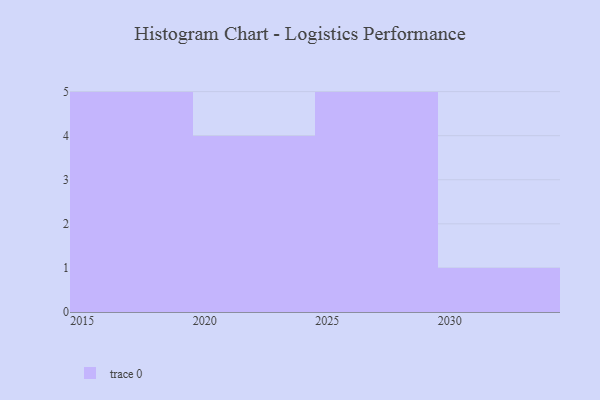
{"axis": {"x": "Year", "y": "Page Views"}, "legend": [""], "data": [{"x": "2019", "y": 38, "type": ""}, {"x": "2025", "y": 56, "type": ""}, {"x": "2026", "y": 46, "type": ""}, {"x": "2016", "y": 17, "type": ""}, {"x": "2029", "y": 13, "type": ""}, {"x": "2027", "y": 79, "type": ""}, {"x": "2030", "y": 66, "type": ""}, {"x": "2024", "y": 63, "type": ""}, {"x": "2023", "y": 5, "type": ""}, {"x": "2021", "y": 52, "type": ""}, {"x": "2018", "y": 93, "type": ""}, {"x": "2028", "y": 97, "type": ""}, {"x": "2015", "y": 7, "type": ""}, {"x": "2020", "y": 8, "type": ""}, {"x": "2017", "y": 10, "type": ""}]}